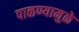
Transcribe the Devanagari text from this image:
पाळण्यामुळे